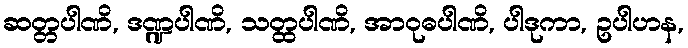
ဆတ္တပါဏိ, ဒဏ္ဍပါဏိ, သတ္ထပါဏိ, အာဝုဓပါဏိ, ပါဒုကာ, ဥပါဟန,